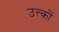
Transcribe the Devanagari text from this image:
उत्त्कों